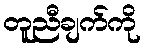
တူညီချက်ကို